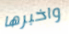
واخبرها